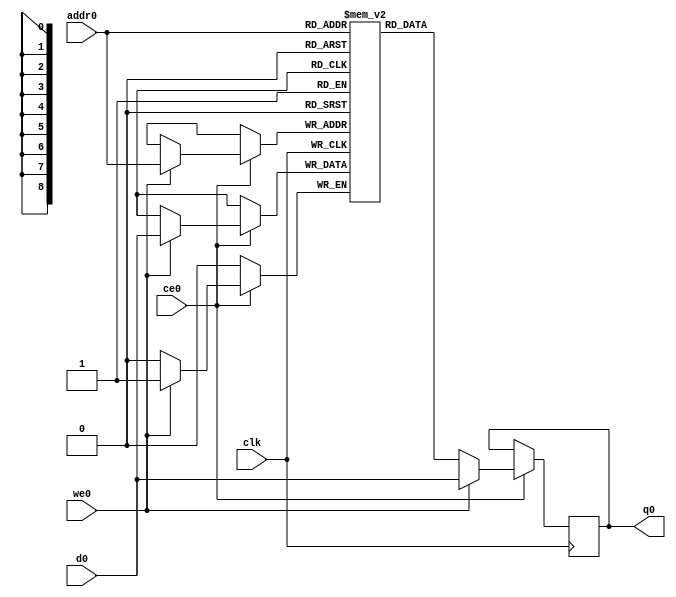
module contact_discoverydEe_ram (addr0, ce0, d0, we0, q0,  clk);
parameter DWIDTH = 1;
parameter AWIDTH = 9;
parameter MEM_SIZE = 300;
input[AWIDTH-1:0] addr0;
input ce0;
input[DWIDTH-1:0] d0;
input we0;
output reg[DWIDTH-1:0] q0;
input clk;
(* ram_style = "distributed" *)reg [DWIDTH-1:0] ram[0:MEM_SIZE-1];
always @(posedge clk)  
begin 
    if (ce0) 
    begin
        if (we0) 
        begin 
            ram[addr0] <= d0; 
            q0 <= d0;
        end 
        else 
            q0 <= ram[addr0];
    end
end
endmodule